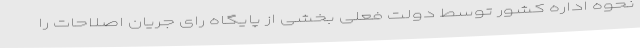
نحوه اداره کشور توسط دولت فعلی بخشی از پایگاه رای جریان اصلاحات را